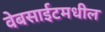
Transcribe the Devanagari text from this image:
वेबसाईटमधील